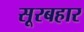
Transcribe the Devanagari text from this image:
सूरबहार